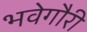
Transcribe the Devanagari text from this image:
भवेगौरी